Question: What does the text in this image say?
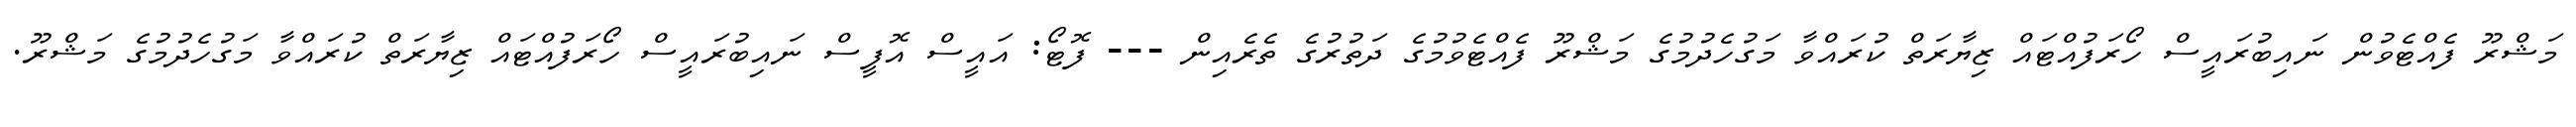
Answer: މަޝްރޫ ފެއްޓެވުން ނައިބުރައީސް ހޯރަފުއްޓައް ޒިޔާރަތް ކުރައްވާ މަގުހެދުމުގެ މަޝްރޫ ފެއްޓެވުމުގެ ދަތުރުގެ ތެރެއިން --- ފޮޓޯ: އައީސް އޮފީސް ނައިބުރައީސް ހޯރަފުއްޓައް ޒިޔާރަތް ކުރައްވާ މަގުހެދުމުގެ މަޝްރޫ.